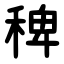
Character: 稗